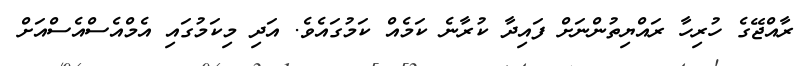
ރާއްޖޭގެ ހުރިހާ ރައްޔިތުންނަށް ފައިދާާ ކުރާނެ ކަމެއް ކަމުގައެވެ. އަދި މިކަމުގައި އެމްއެސްއެސްއަށް